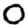
Digit: 0